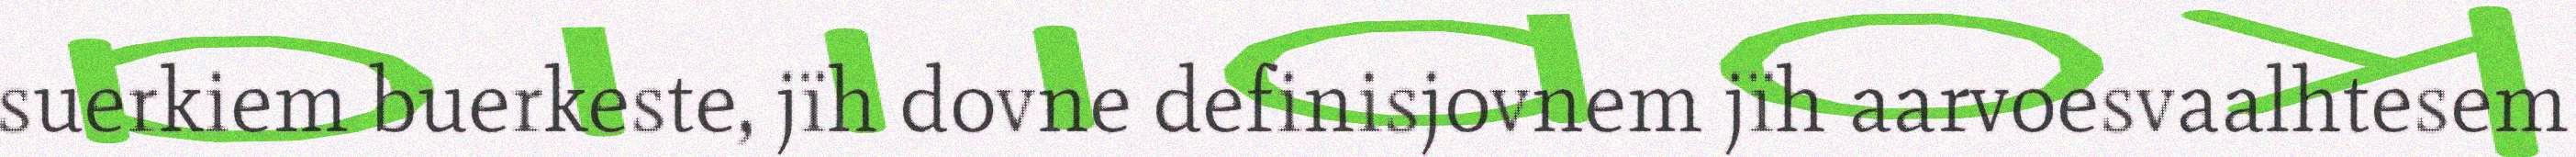
suerkiem buerkeste, jïh dovne definisjovnem jïh aarvoesvaalhtesem